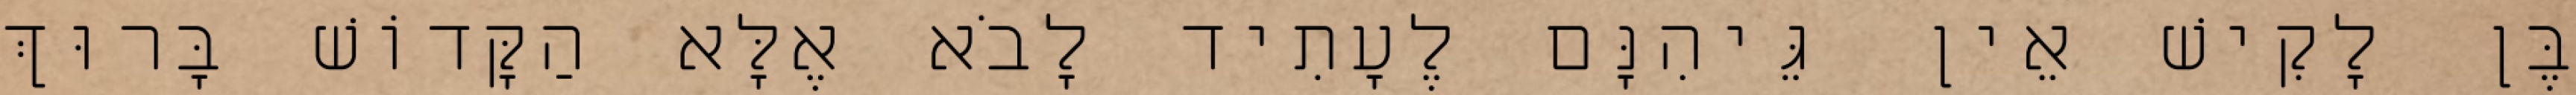
בֶּן לָקִישׁ אֵין גֵּיהִנָּם לֶעָתִיד לָבֹא אֶלָּא הַקָּדוֹשׁ בָּרוּךְ